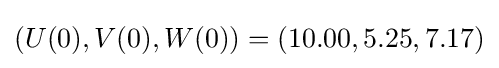
(U(0),V(0),W(0))=(10.00,5.25,7.17)